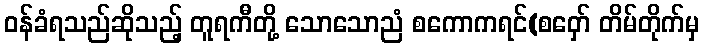
ဝန်ခံရသည်ဆိုသည့် တူရကီတို့ သောသောညံ စကောကရင်(စဝှော် တိမ်တိုက်မှ